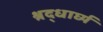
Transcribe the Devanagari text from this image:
श्रद्धार्घ्य